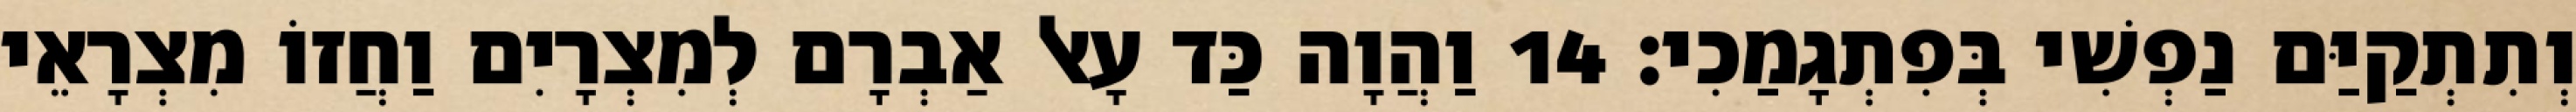
וְתִתְקַיַּם נַפְשִׁי בְּפִתְגָמַכִי׃ 14 וַהֲוָה כַּד עָאל אַבְרָם לְמִצְרָיִם וַחֲזוֹ מִצְרָאֵי